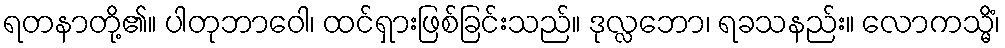
ရတနာတို့၏။ ပါတုဘာဝေါ၊ ထင်ရှားဖြစ်ခြင်းသည်။ ဒုလ္လဘော၊ ရခသနည်း။ လောကသ္မိံ၊